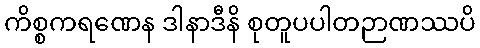
ကိစ္စကရဏေန ဒါနာဒီနိ စုတူပပါတဉာဏဿပိ